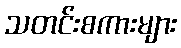
သတင်းစကားများ